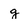
Character: g